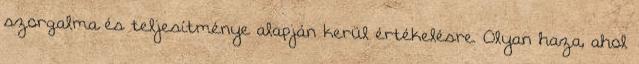
szorgalma és teljesítménye alapján kerül értékelésre. Olyan haza, ahol